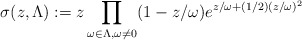
\begin{align*}\sigma(z,\Lambda):=z \prod_{\omega \in \Lambda, \omega \ne 0} (1-z/\omega)e^{z/\omega+(1/2)(z/\omega)^2}\end{align*}